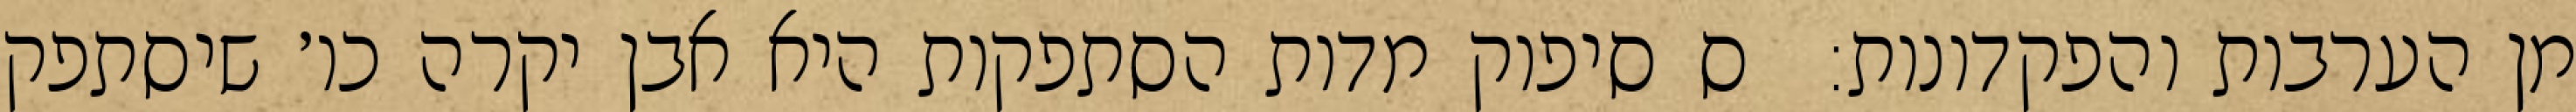
מן הערבות והפקדונות:  ס סיפוק מדות הסתפקות היא אבן יקרה כו׳ שיסתפק